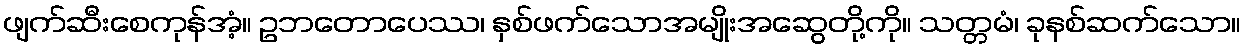
ဖျက်ဆီးစေကုန်အံ့။ ဥဘတောပေဿ၊ နှစ်ဖက်သောအမျိုးအဆွေတို့ကို။ သတ္တမံ၊ ခုနစ်ဆက်သော။